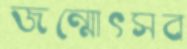
জন্মোৎসব